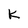
Character: k